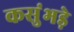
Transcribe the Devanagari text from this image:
कसुंभड़े